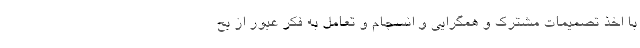
با اخذ تصمیمات مشترک و همگرایی و انسجام و تعامل به فکر عبور از بح